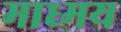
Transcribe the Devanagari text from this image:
माध्मय